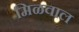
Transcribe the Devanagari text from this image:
मिळवाल